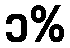
၁%